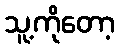
သူ့ကိုတော့